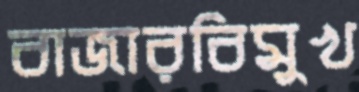
বাজারবিমুখ